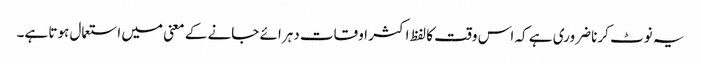
یہ نوٹ کرنا ضروری ہے کہ اس وقت کا لفظ اکثر اوقات دہرائے جانے کے معنی میں استعمال ہوتا ہے۔